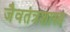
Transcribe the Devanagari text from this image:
जैवतंत्रशास्त्र